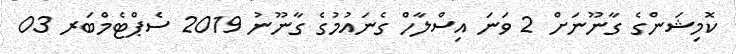
ކޮމިޝަންގެ ގާނޫނަށް 2 ވަނަ އިސްލާހް ގެނައުމުގެ ގާނޫނު 2019 ސެޕްޓެމްބަރ 03